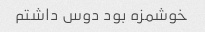
خوشمزه بود دوس داشتم